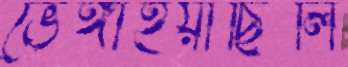
ভেঙ্গাইয়াছিলি